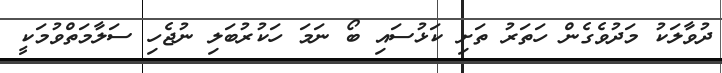
ދުވާލަކު މަދުވެގެން ހަތަރު ތަށި ކަޅުސައި ބޯ ނަމަ ހަކުރުބަލި ނުޖެހި ސަލާމަތްވުމަކީ